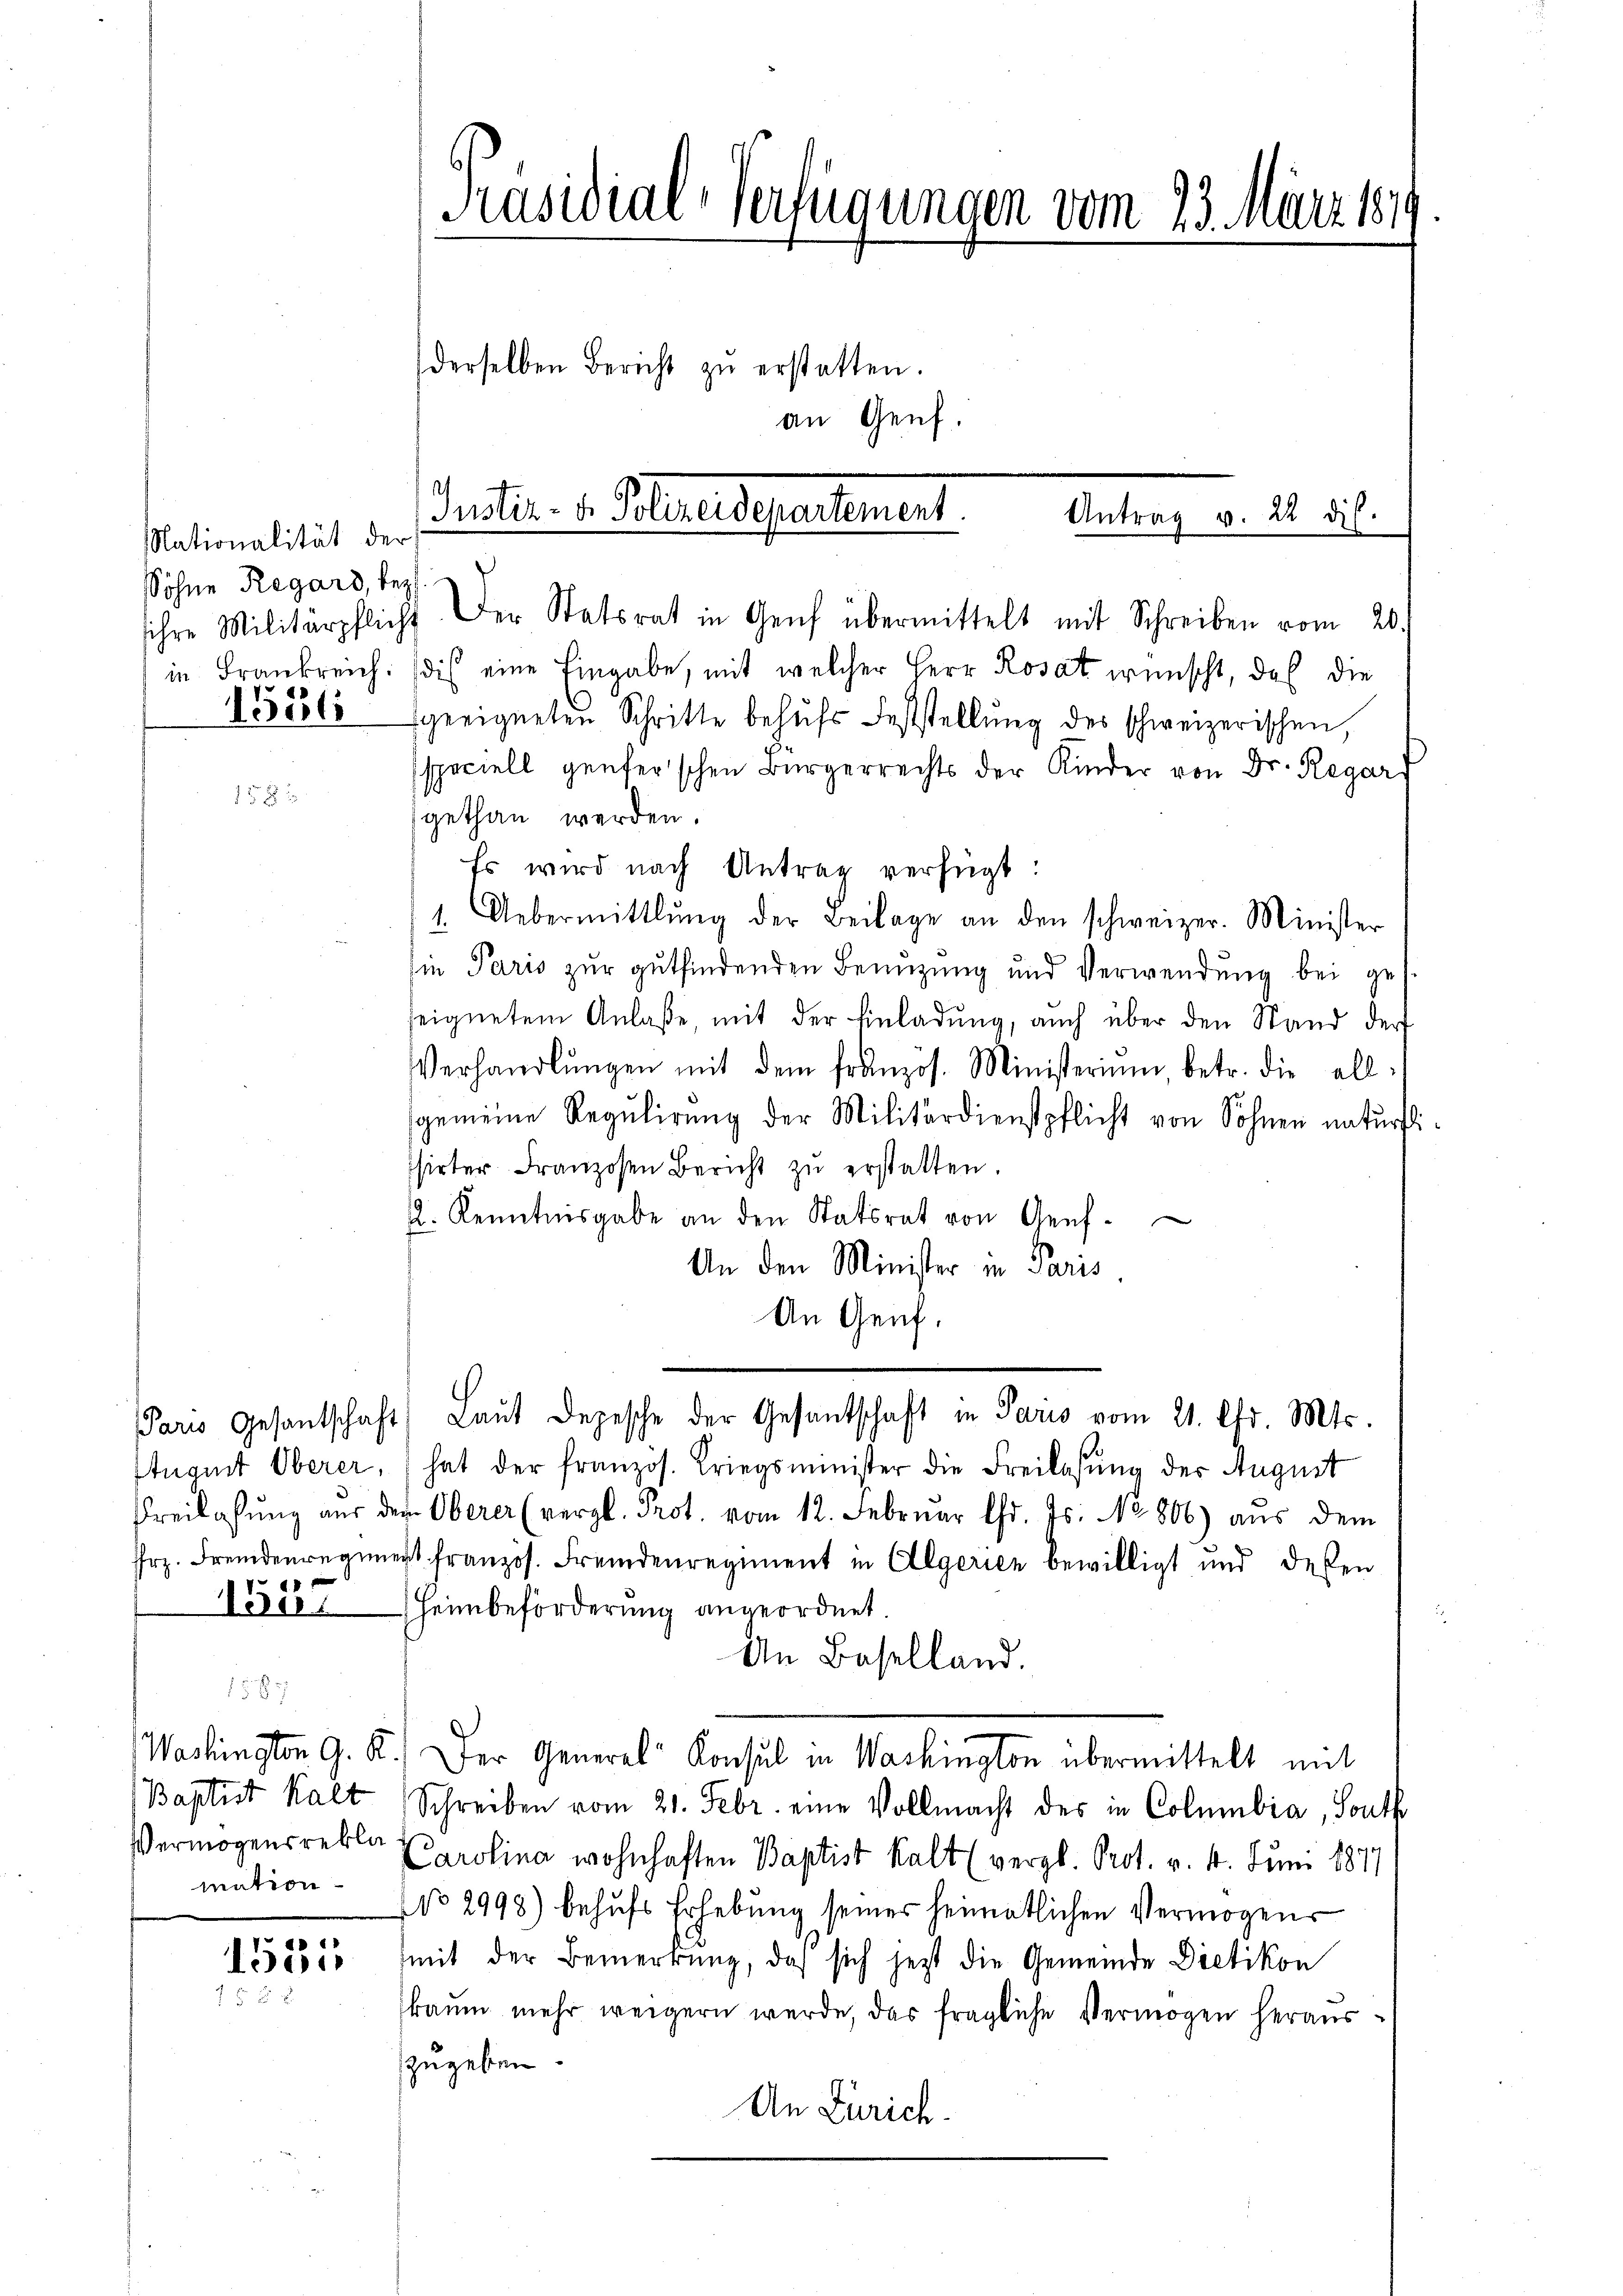
Nationalität der
Sohne Regard, bez

12 x

150.

mation

1531
752

Präsidial-Verfügungen vom 23. März 184
derselben Bericht zŭ erstatten.
an Genf.

Iuster. v. Polenendepartement.

sihre Militärpflicht. Der Statsrat in Genf übermittelt mit Schreiben vom 20.
in Frankreich. (die eine Eingabe, mit welcher Herr Rosat wünscht, daß die
13336 geeigneten Schritte behŭfs Feststellŭng des schweizerischen,
speciell genfer’schen Bürgerrechts der Kinder von Dr. Regard
gethan werden.
Es wird nach Antrag verfügt:
Uebermittlung der Beilage an den schweizer. Minister
1.
sie Paris zŭr gŭtfindenden Benŭtzŭng und Verwendŭng bei ges
seignetem Anlaße, mit der Einladung, auch über den Stand der
Verhandlŭngen mit dem französ. Ministerium, betr. die allsgemeine Regulirung der Militärdienstpflicht von Sohnen natürli
ssirter Franzosen Bericht zŭ erstatten.
. Kenntnisgabe an den Statsrat von Genf.
An den Minister in Paris.
An Genf.
Paris Gesantschaft Laŭt Depesche der Gesantschaft in Paris vom 21. Chr. Mts.
Ituguit Oberer, hat der französ. Kriegsminister die Freilasung der August
Freilassŭng aus dem Oberer (vergl. Prot. vom 12. Februar Chr. Js. No 806) aus dem
Frz. Fremdenregiment französ. Fremdenregiment in Algerien bewilligt und deßen
Heimbeförderung angeordnet
An Baselland.
Washington G. K. Der General Konsul in Washington übermittelt mit
Baptist kalt Schreiben vom 21. Febr. eine Vollmacht des in Columbia, Tonth
Vermögensrebler Carolina wohnhaften Baptist kalt (vergl. Prot. v. 4. Juni 1847
No 2998) behufs Erhebung seiner heimatlichen Vermögens
mit der Bemerkung, daß sich jetzt die Gemeinde Dietikon
kaum mehr weigern werde, das fragliche Vermögen herauszugeben.
An Zürich.

Antrag v. 22 di

s